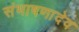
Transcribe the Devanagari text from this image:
संभाषणादेव